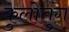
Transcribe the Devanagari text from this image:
कुलोतुंग